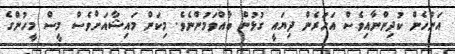
އަންހެން ކުދިންނާއިވެސް އަހަރެން ދިޔައީ ގުޅުން ބާއްވަމުންނެވެ. މިކަން މައިޝާއަށްވެސް މީސް މީހުންގެ